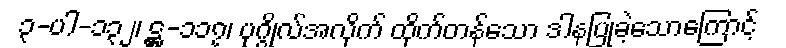
၃-ပါ-၁၃၂၊ ဋ္ဌ-၁၁၇၊ ပုဂ္ဂိုလ်အလိုက် ထိုက်တန်သော ဒါနပြုခဲ့သောကြောင့်